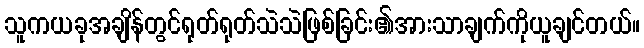
သူကယခုအချိန်တွင်ရုတ်ရုတ်သဲသဲဖြစ်ခြင်း၏အားသာချက်ကိုယူချင်တယ်။